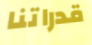
قدراتنا